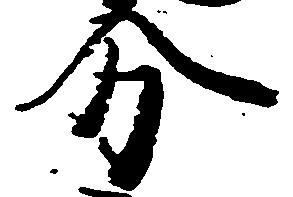
分